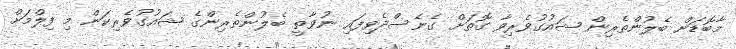
މާބޮޑަށް ބެލުންތެރިން ޝައުގުވެރިވާ ގޮތަށް ގެނެސްދެވިފައި ނުވާތީ ބެލުންތެރިންގެ ޝައުގުވެރިކަން މި ފިލްމަށް